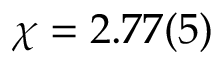
\chi = 2 . 7 7 ( 5 )